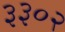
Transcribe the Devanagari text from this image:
३३०२